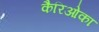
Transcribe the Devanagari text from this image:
कैरिओका